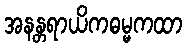
အနန္တရာယိကဓမ္မကထာ